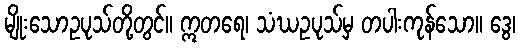
မျိုးသောဥပုသ်တို့တွင်။ ဣတရေ၊ သံဃဥပုသ်မှ တပါးကုန်သော။ ဒွေ၊